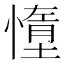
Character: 𫻃